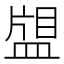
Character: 𰤿